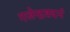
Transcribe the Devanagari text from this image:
गजेन्द्रवदनं